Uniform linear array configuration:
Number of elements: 8
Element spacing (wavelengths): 1
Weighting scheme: binomial
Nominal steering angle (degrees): -30
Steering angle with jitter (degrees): -31.543
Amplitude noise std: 0.05
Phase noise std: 0.05

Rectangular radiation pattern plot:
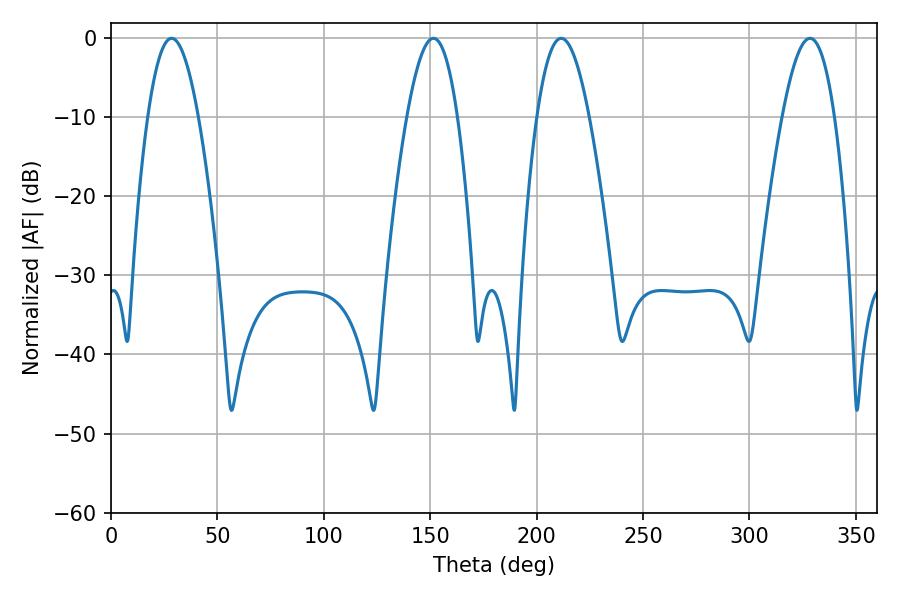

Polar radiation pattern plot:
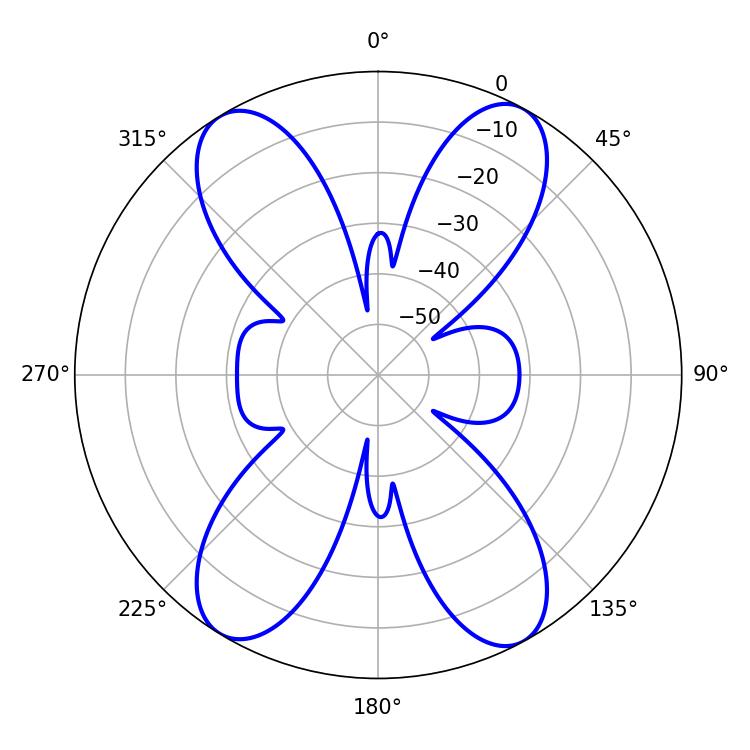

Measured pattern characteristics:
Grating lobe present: TRUE
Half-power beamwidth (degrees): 13.5
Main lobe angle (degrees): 211.5